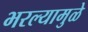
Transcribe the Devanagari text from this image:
भरल्यामुळे